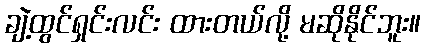
ချဲ့ထွင်ရှင်းလင်း ထားတယ်လို့ မဆိုနိုင်ဘူး။